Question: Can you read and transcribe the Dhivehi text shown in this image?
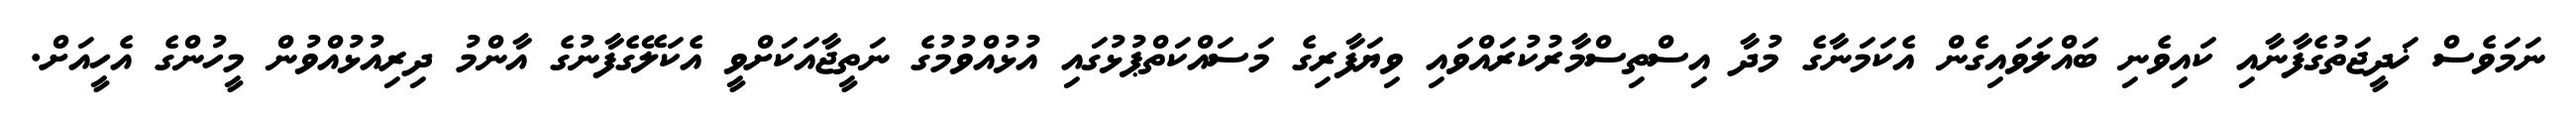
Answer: ނަމަވެސް ޚަދީޖަތުގެފާނާއި ކައިވެނި ބައްލަވައިގެން އެކަމަނާގެ މުދާ އިސްތިސްމާރުކުރައްވައި ވިޔަފާރިގެ މަސައްކަތްޕުޅުގައި އުޅުއްވުމުގެ ނަތީޖާއަކަށްވީ އެކަލޭގެފާނުގެ އާންމު ދިރިއުޅުއްވުން މީހުންގެ އެހީއަށް.